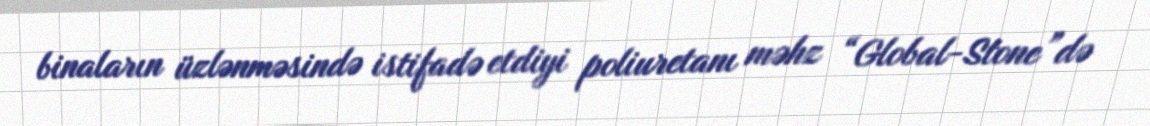
binaların üzlənməsində istifadə etdiyi poliuretanı məhz “Global-Stone”də